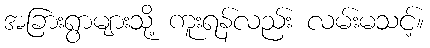
အခြားရွာများသို့ ကူးရန်လည်း လမ်းမသင့်။